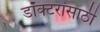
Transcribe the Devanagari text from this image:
डॉक्टरांसाठी